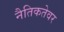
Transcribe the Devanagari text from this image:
नैतिकतेवर